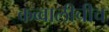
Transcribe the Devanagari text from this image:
कव्वालीचीच